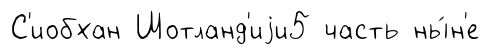
С'иобхан Шотланд'иjи5 часть ны́н'е